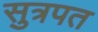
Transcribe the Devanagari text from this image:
सुत्रपत